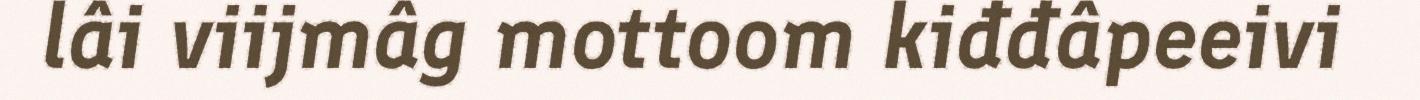
lâi viijmâg mottoom kiđđâpeeivi